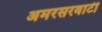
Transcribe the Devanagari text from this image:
अमरसरवाटी